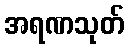
အရဏသုတ်